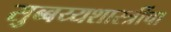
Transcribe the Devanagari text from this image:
सुब्बय्यशास्त्रींचा